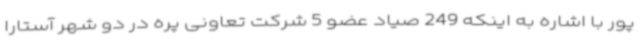
پور با اشاره به اینکه 249 صیاد عضو 5 شرکت تعاونی پره در دو شهر آستارا